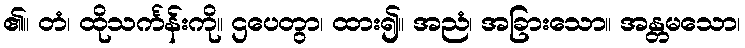
၏။ တံ၊ ထိုသင်္ကန်းကို။ ဌပေတွာ၊ ထား၍။ အညံ၊ အခြားသော။ အန္တမသော၊